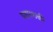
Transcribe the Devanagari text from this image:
प्रहारशक्ती